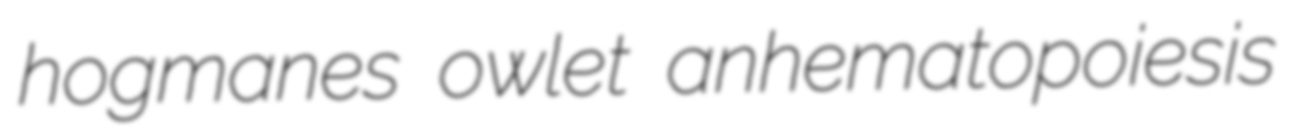
hogmanes owlet anhematopoiesis